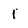
Character: 1